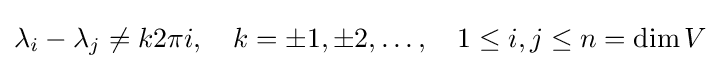
\lambda _{i}-\lambda _{j}\neq k2\pi i,\quad k=\pm 1,\pm 2,\ldots ,\quad 1\leq i,j\leq n=\dim V